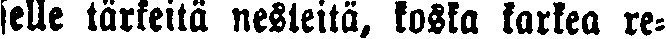
selle tärkeitä nesteitä, koska karkea re-